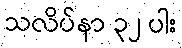
သလိပ်နာ ၃၂ ပါး